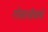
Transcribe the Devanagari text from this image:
गोसावीयांचे